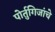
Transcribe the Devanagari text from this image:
पोर्तुगिजांचे